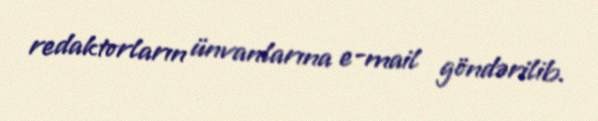
redaktorların ünvanlarına e-mail göndərilib.